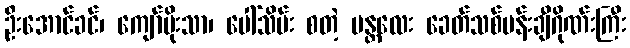
ဦးအောင်ခင်၊ ကျော်မိုးသာ၊ ပေါ်သိမ်း စတဲ့ မန္တလေး ခေတ်သစ်ပန်းချီဂိုဏ်းကြီး